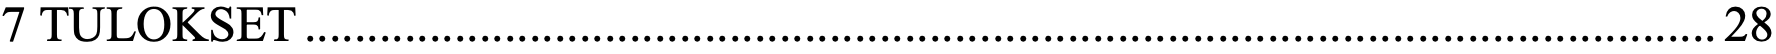
7 TULOKSET ................................................................................................................. 28